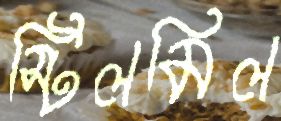
স্টিলমিল